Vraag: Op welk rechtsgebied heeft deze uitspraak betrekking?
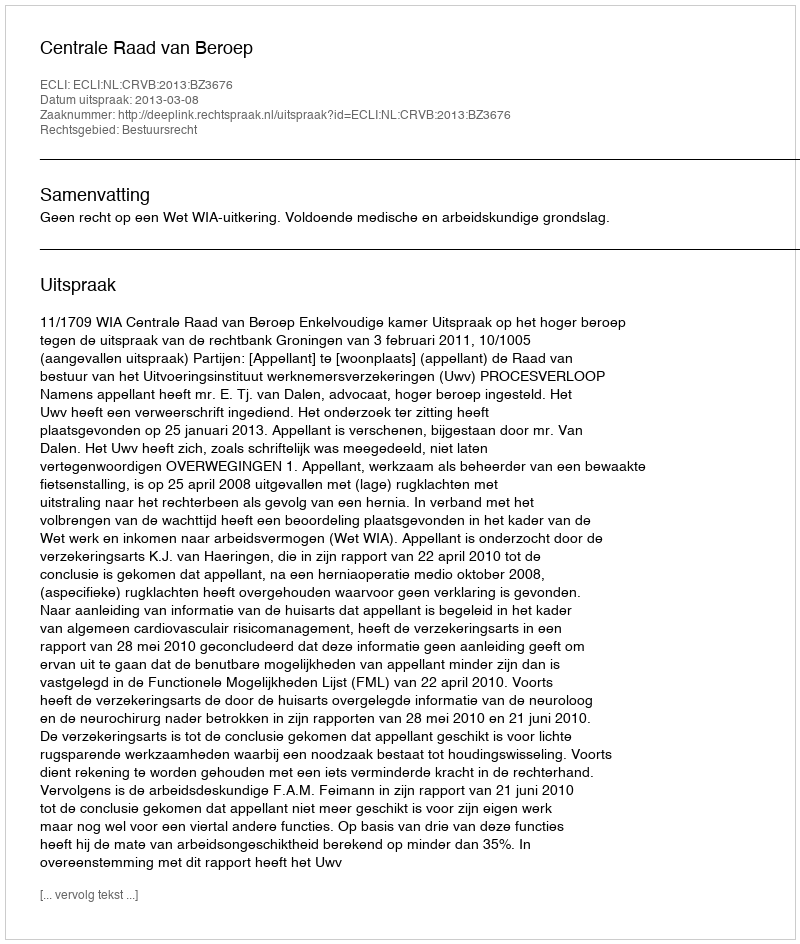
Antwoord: Bestuursrecht